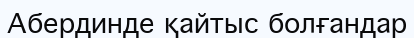
Абердинде қайтыс болғандар